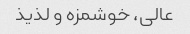
عالی، خوشمزه و لذیذ